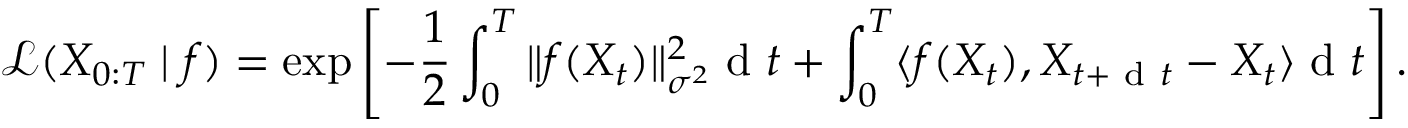
\small \mathcal { L } ( X _ { 0 : T } \mid f ) = \exp \left[ - \frac { 1 } { 2 } \int _ { 0 } ^ { T } \| f ( X _ { t } ) \| _ { \sigma ^ { 2 } } ^ { 2 } \mathrm { ~ d ~ } t + \int _ { 0 } ^ { T } \langle f ( X _ { t } ) , X _ { t + \mathrm { ~ d ~ } t } - X _ { t } \rangle \mathrm { ~ d ~ } t \right] .